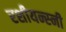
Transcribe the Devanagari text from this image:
रशीयन्स्नी